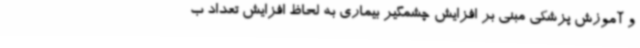
و آموزش پزشکی مبنی بر افزایش چشمگیر بیماری به لحاظ افزایش تعداد ب